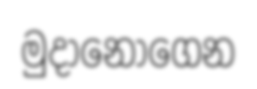
මුදානොගෙන